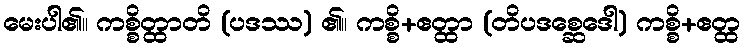
မေးပါ၏။ ကစ္စိတ္ထာတိ (ပဒဿ) ၏။ ကစ္စိ+ဧတ္ထာ (တိပဒစ္ဆေဒေါ) ကစ္စိ+ဧတ္ထ